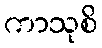
ကာသုစိ